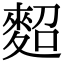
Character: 𪌕